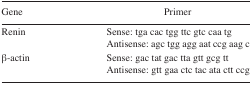
| Gene | Primer |
 | --- | --- |
 | Renin | Sense: tga cac tgg ttc gtc caa tgAntisense: agc tgg agg aat ccg aag c |
 | β-actin | Sense: gac tat gac tta gtt gcg ttAntisense: gtt gaa ctc tac ata ctt ccg |